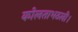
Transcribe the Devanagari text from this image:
कोलताभठली।